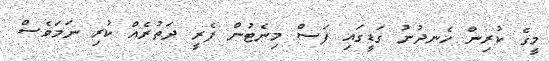
މީގެ ކުރިން ހެނދުނު ގަޑީގައި ފަސް މިނެޓުން ފެރީ ދަތުރެއް ކުރި ނަމަވެސް